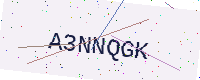
Text: A3NNQGK